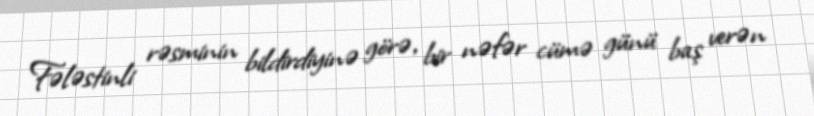
Fələstinli rəsminin bildirdiyinə görə, bir nəfər cümə günü baş verən